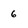
Character: 6